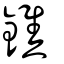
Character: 鐎